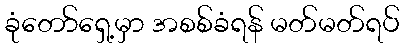
ခုံတော်ရှေ့မှာ အစစ်ခံရန် မတ်မတ်ရပ်